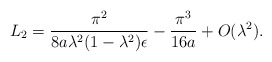
\begin{align*}L_2 = {\pi^2 \over 8a \lambda^2 (1 - \lambda^2) \epsilon} - {\pi^3\over 16a} + O(\lambda^2).\end{align*}